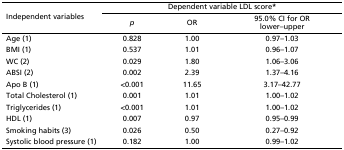
<table><thead><tr><td rowspan="3"><b>Independent variables</b></td><td colspan="3"><b>Dependent variable LDL score*</b></td></tr><tr><td rowspan="2"><b><i>p</i></b></td><td rowspan="2"><b>OR</b></td><td><b>95.0% CI for OR</b></td></tr><tr><td><b>lower–upper</b></td></tr></thead><tbody><tr><td>Age (1)</td><td>0.828</td><td>1.00</td><td>0.97–1.03</td></tr><tr><td>BMI (1)</td><td>0.537</td><td>1.01</td><td>0.96–1.07</td></tr><tr><td>WC (2)</td><td>0.029</td><td>1.80</td><td>1.06–3.06</td></tr><tr><td>ABSI (2)</td><td>0.002</td><td>2.39</td><td>1.37–4.16</td></tr><tr><td>Apo B (1)</td><td>&lt;0.001</td><td>11.65</td><td>3.17–42.77</td></tr><tr><td>Total Cholesterol (1)</td><td>0.001</td><td>1.01</td><td>1.00–1.02</td></tr><tr><td>Triglycerides (1)</td><td>&lt;0.001</td><td>1.01</td><td>1.00–1.02</td></tr><tr><td>HDL (1)</td><td>0.007</td><td>0.97</td><td>0.95–0.99</td></tr><tr><td>Smoking habits (3)</td><td>0.026</td><td>0.50</td><td>0.27–0.92</td></tr><tr><td>Systolic blood pressure (1)</td><td>0.182</td><td>1.00</td><td>0.99–1.02</td></tr></tbody></table>